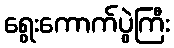
ရွေးကောက်ပွဲကြီး